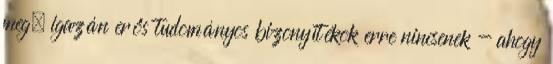
meg, igazán erős tudományos bizonyítékok erre nincsenek - ahogy